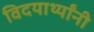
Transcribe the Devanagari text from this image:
विदयार्थ्‍यांनी